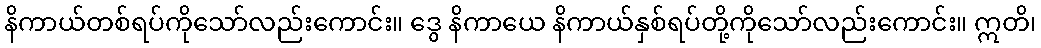
နိကာယ်တစ်ရပ်ကိုသော်လည်းကောင်း။ ဒွေ နိကာယေ နိကာယ်နှစ်ရပ်တို့ကိုသော်လည်းကောင်း။ ဣတိ၊